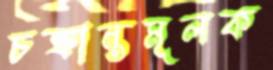
চক্রান্তমূলক